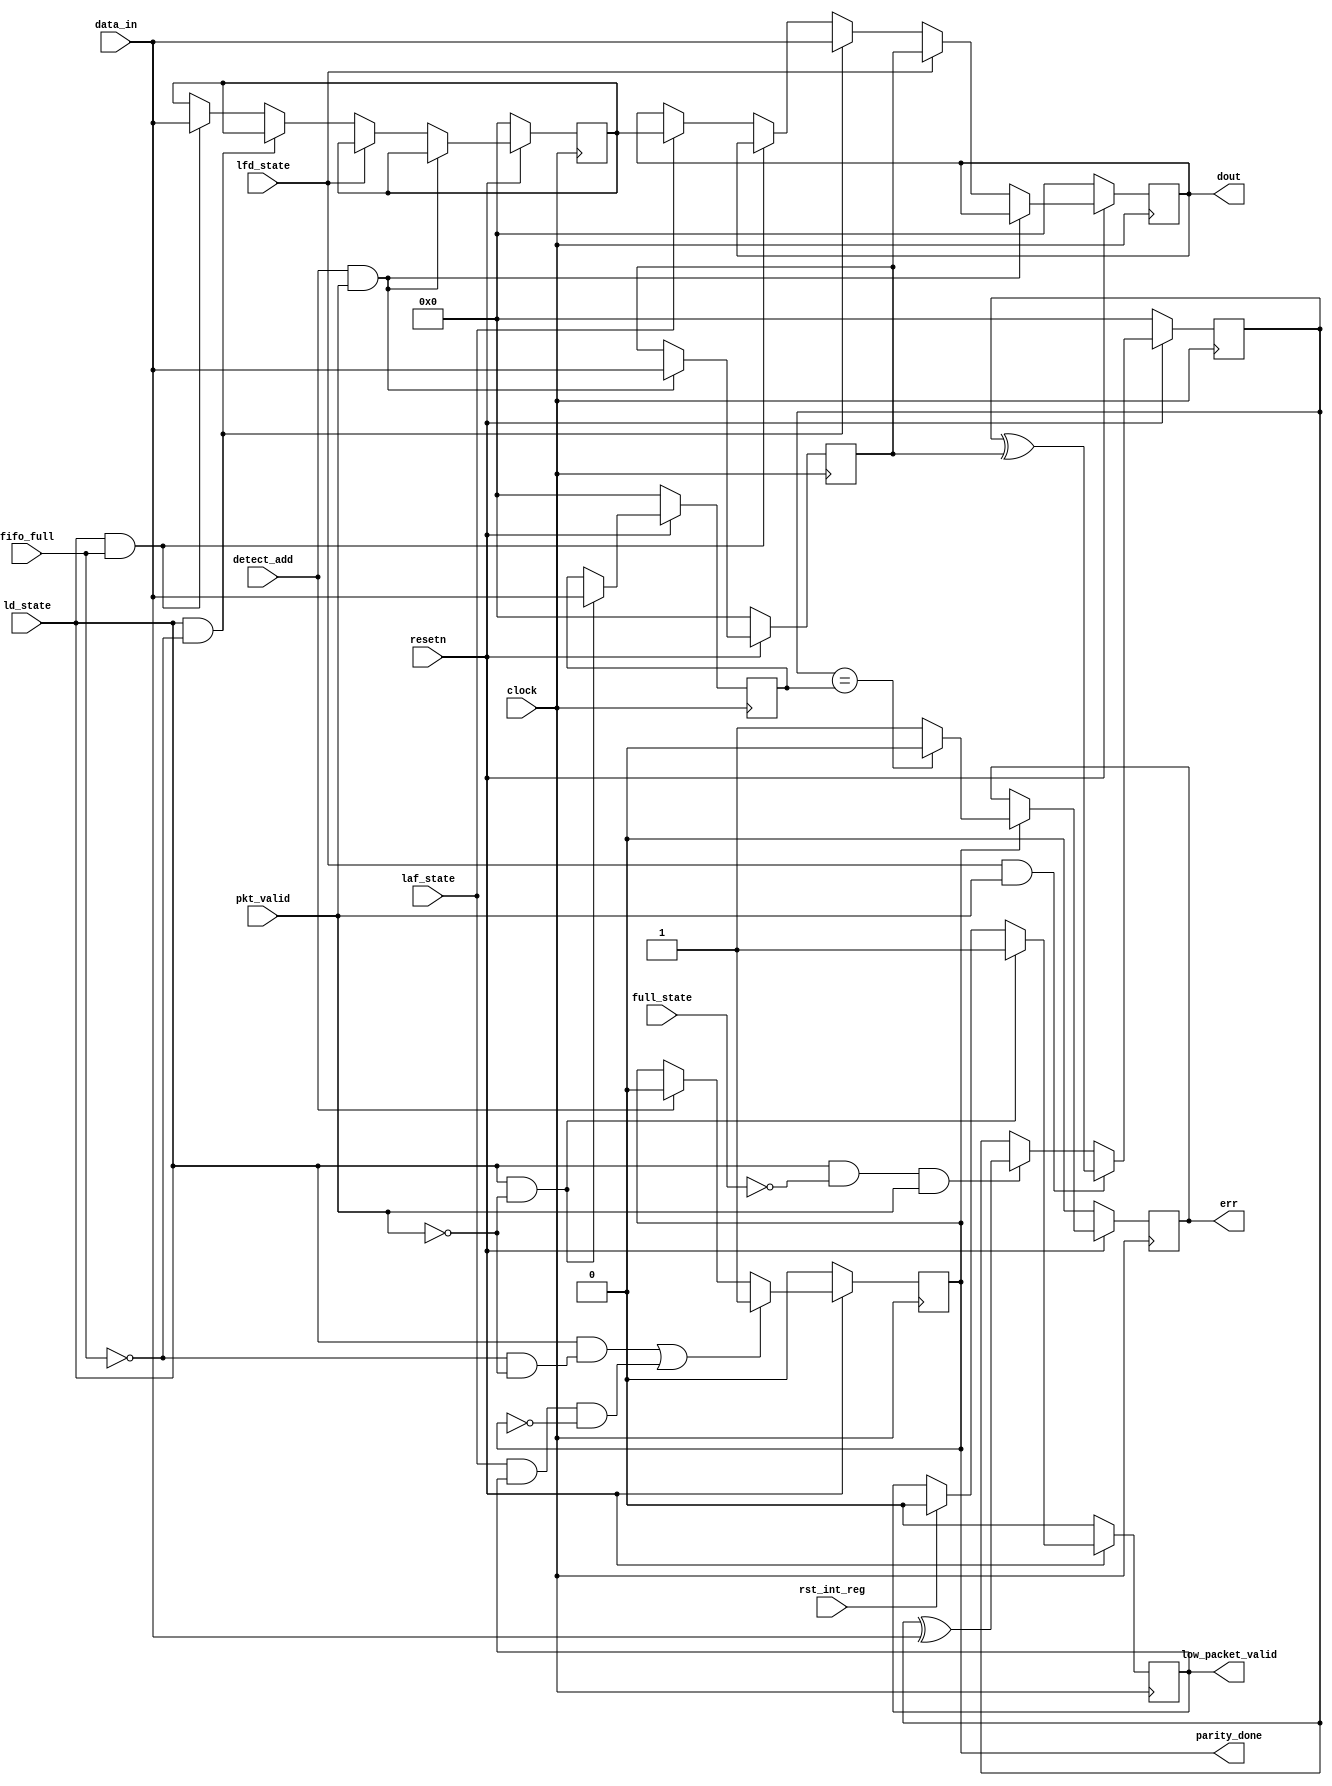
module router_reg(input clock, resetn, pkt_valid, input [7:0] data_in, input fifo_full, detect_add, ld_state, laf_state, full_state, lfd_state, rst_int_reg,

output reg err, parity_done, low_packet_valid, output reg [7:0]dout);
reg [7:0]header_byte, internal_parity, temp_parity;
reg [7:0] data_reg;	//reg parity_done_reg;

always @(posedge clock)	 // data_out logic
	begin
		if(~resetn)
		begin
			dout<=0;
			header_byte<=0;
			data_reg<=0;
		end
		else if(detect_add && pkt_valid)
			header_byte<= data_in;
		else if(lfd_state)
			dout<= header_byte;
		else if(ld_state && ~fifo_full)
			dout<= data_in;
		else if(ld_state && fifo_full)
			data_reg<=data_in;
		else if(laf_state)
			dout<=data_reg;
end

	always@(posedge clock)	// parity done logic 
	begin
			if(~resetn)
	begin
		parity_done<=0;
	end
			else if(ld_state  && (~fifo_full && ~pkt_valid) || (laf_state && low_packet_valid && (parity_done==0)))
		parity_done<=1'b1;
			else if(detect_add)
		parity_done<=0;
	end

always@(posedge clock)	// low_packet_valid
	begin
			if(~resetn)
				low_packet_valid<=0;
			else if(ld_state && ~pkt_valid)
				low_packet_valid<=1'b1;
			else if(rst_int_reg)
				low_packet_valid<=1'b0;
	end

always@(posedge clock)	// err logic
	begin
			if(~resetn)
				err<=0;
			else if(parity_done)
	begin
		 	if(internal_parity==temp_parity)
				err<=1'b0;
			else 
				err<=1'b1;
	end
	end

always@(posedge clock)
	begin
		if(~resetn)
			internal_parity<=0;
		else if(lfd_state && pkt_valid)
			internal_parity<= internal_parity^header_byte;
		else if (ld_state && ~full_state && pkt_valid)
			internal_parity<= internal_parity^data_in;
	end

always@(posedge clock)
	begin
		if(~resetn)
			temp_parity<=0;
		else if(ld_state && ~pkt_valid)
			temp_parity<= data_in;	
	end 

endmodule